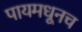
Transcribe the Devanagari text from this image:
पायमधूनच